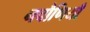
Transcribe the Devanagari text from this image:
नचौणियाँ